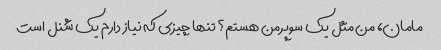
مامان، من مثل یک سوپرمن هستم؟ تنها چیزی که نیاز دارم یک شنل است